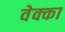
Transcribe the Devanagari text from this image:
वेक्का